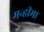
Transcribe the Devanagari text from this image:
मन्हीमा